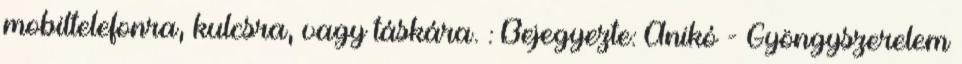
mobiltelefonra, kulcsra, vagy táskára. : Bejegyezte: Anikó - Gyöngyszerelem